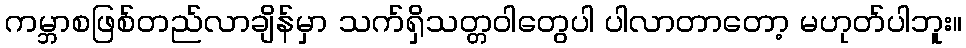
ကမ္ဘာစဖြစ်တည်လာချိန်မှာ သက်ရှိသတ္တဝါတွေပါ ပါလာတာတော့ မဟုတ်ပါဘူး။